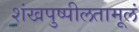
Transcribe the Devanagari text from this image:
शंखपुष्पीलतामूलं